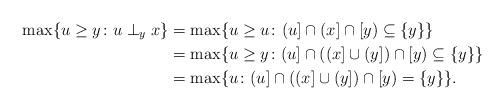
LaTeX: \begin{align*} \max\{u \ge y\colon u \perp_y x\} &= \max\{u \ge u\colon (u] \cap (x] \cap [y) \subseteq \{y\}\} \\ &= \max\{u \ge y\colon (u] \cap ((x] \cup (y]) \cap [y) \subseteq \{y\}\} \\ &= \max\{u\colon (u] \cap ((x] \cup (y]) \cap [y) = \{y\}\} . \end{align*}